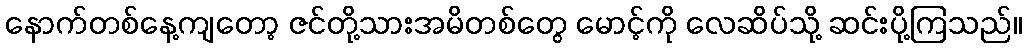
နောက်တစ်နေ့ကျတော့ ဇင်တို့သားအမိတစ်တွေ မောင့်ကို လေဆိပ်သို့ ဆင်းပို့ကြသည်။